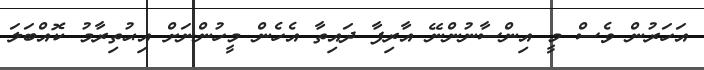
އަހަރުން ވެސް މީ އިންސާނުންނޭ އާރިފާ ދައިތާ އެހެން މީހުުންނަށް އިޙުތިރާމު ކޮއްބަލަ